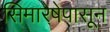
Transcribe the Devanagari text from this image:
सिमारेषेपासून